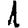
Digit: 1